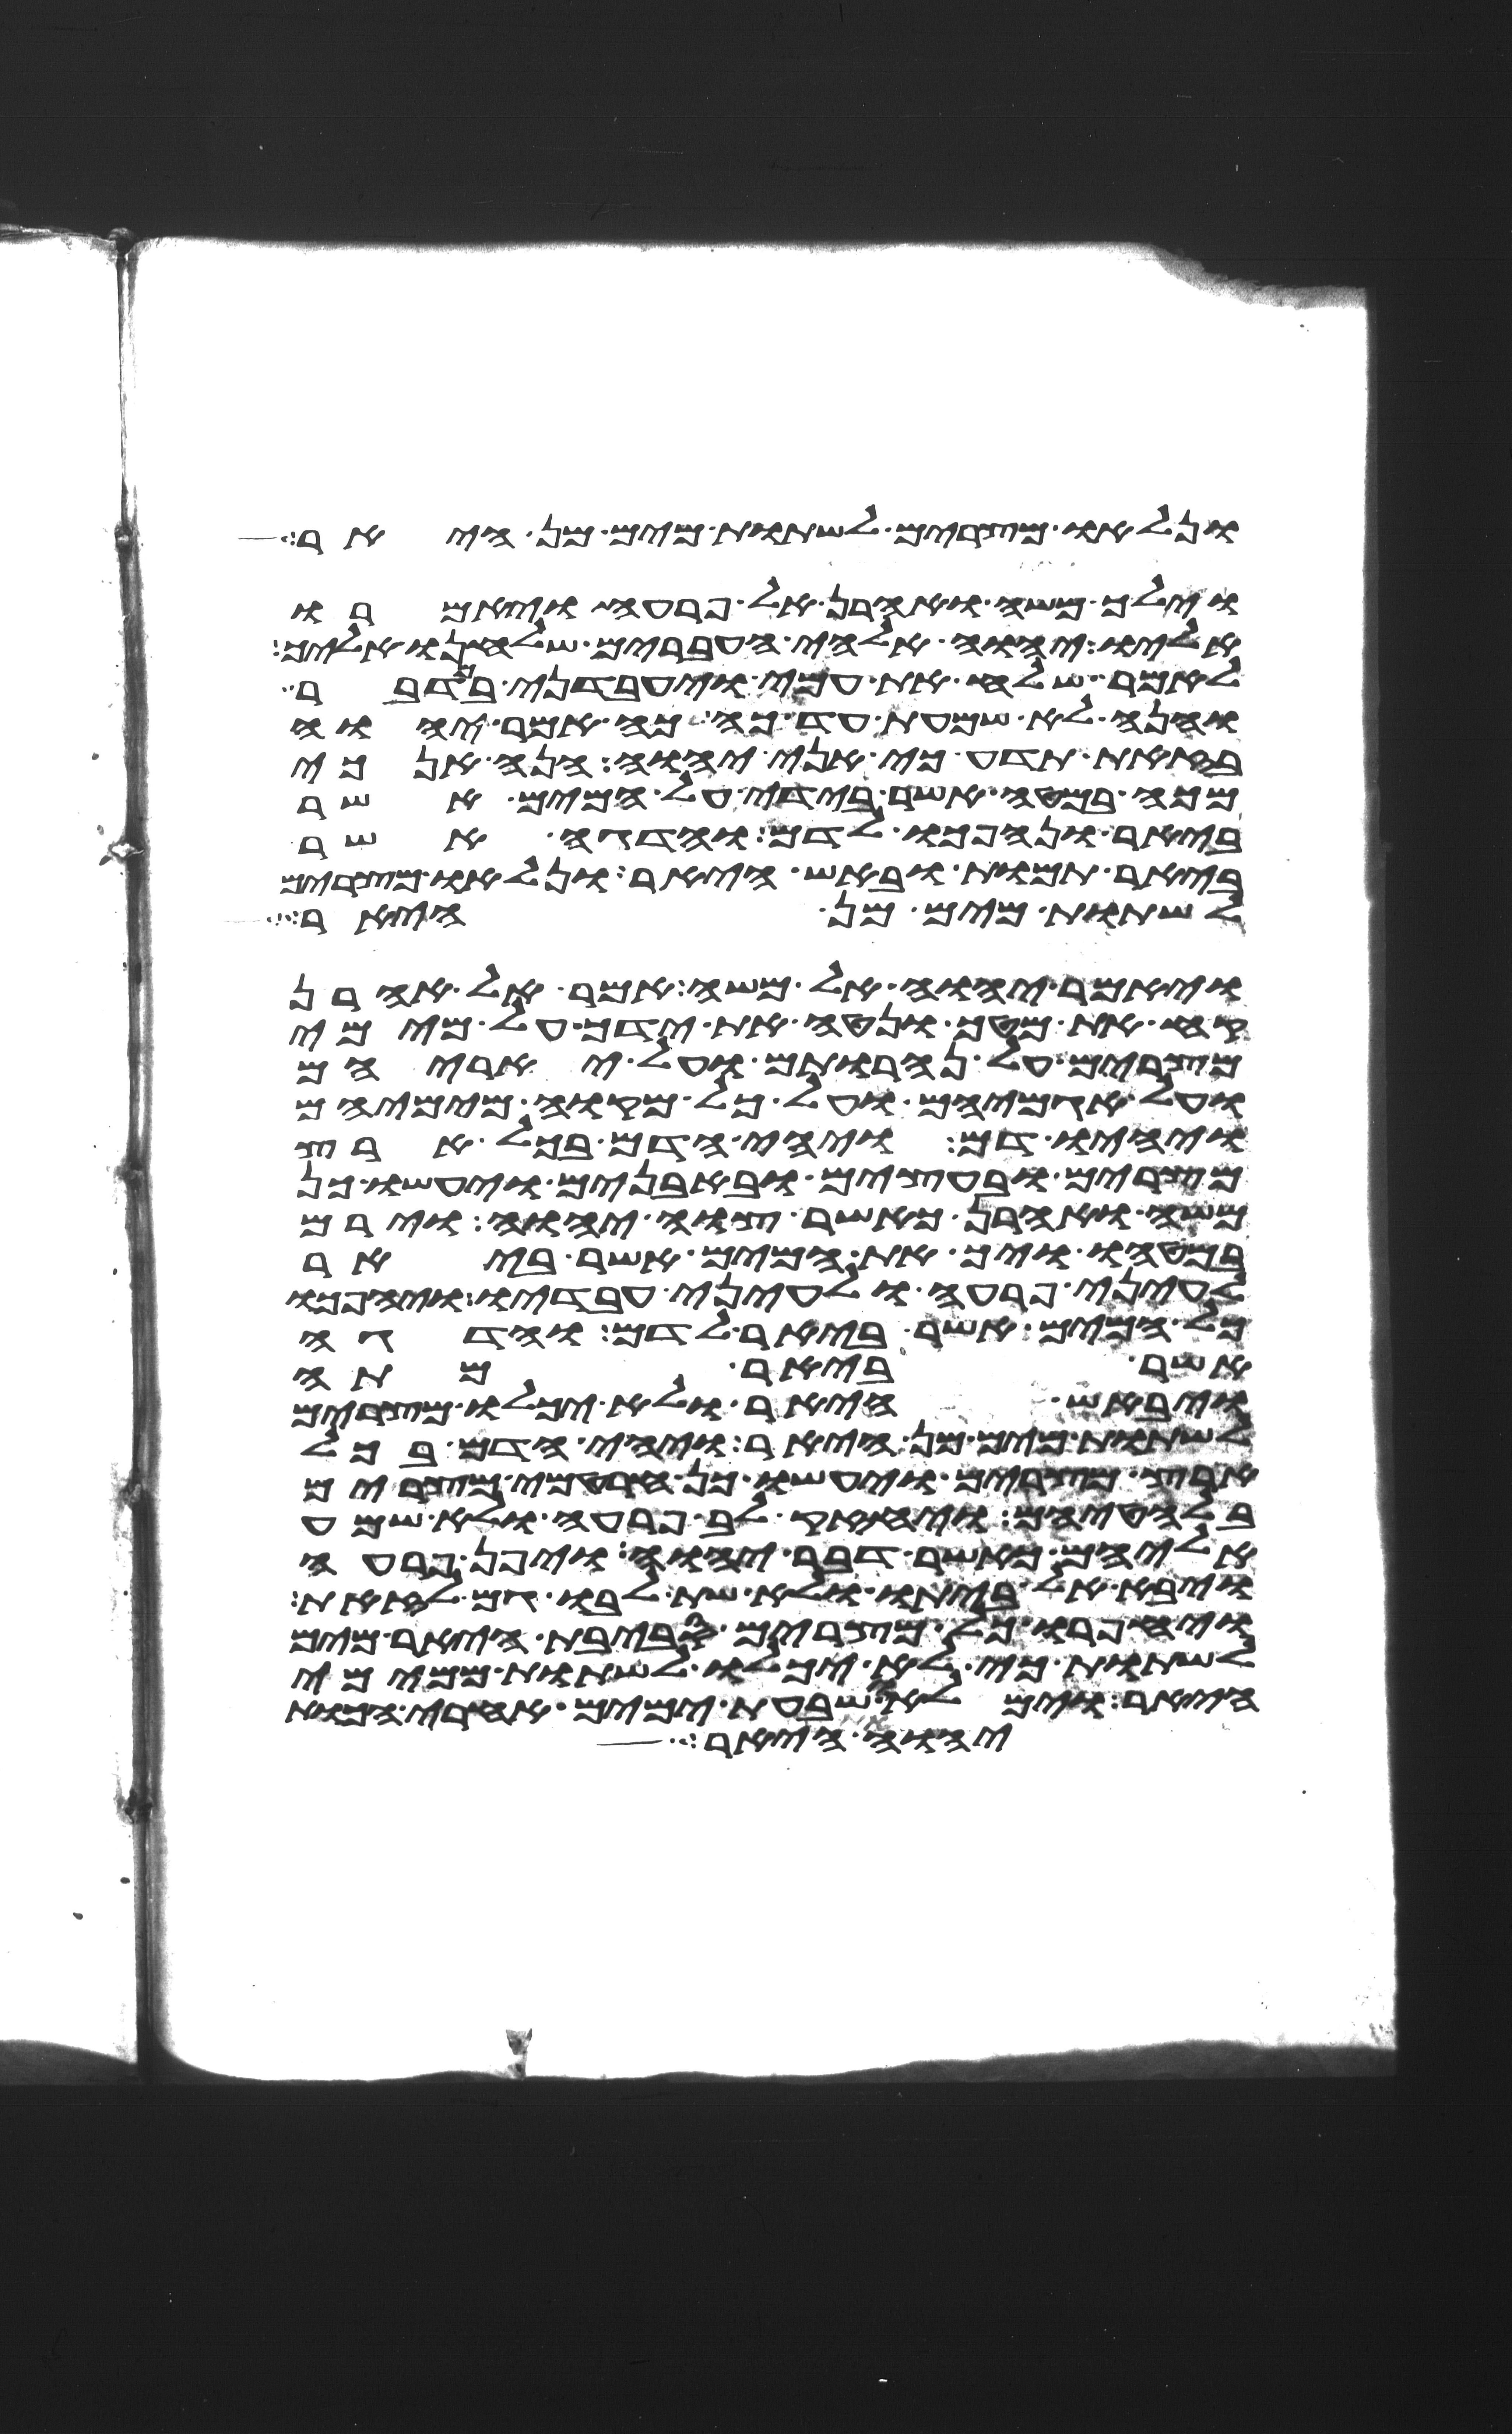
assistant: ונלאו מצרים לשתות מים מן היאר
וילך משה ואהרן אל פרעה ויאמרו
אליו יהוה אלהי העברים שלחנו אליך
לאמר שלח את עמי ויעבדני במדבר
והנה לא שמעת עד כה כה אמר יהוה
בזאת תדע כי אני יהוה הנה אנכי
מכה במטה אשר בידי על המים אשר
ביאר ונהפכו לדם והדגה אשר
ביאר תמות ובאש היאר ונלאו מצרים
לשתות מים מן היאר
ויאמר יהוה אל משה אמר אל אהרן
קח את מטך ונטה את ידך על מימי
מצרים על נהרותם ועל יאריהם
ועל אגמיהם ועל כל מקוה מימיהם
ויהיו דם ויהי הדם בכל ארץ
מצרים ובעצים ובאבנים ויעשו כן
משה ואהרן כאשר צוה יהוה וירם
במטהו ויך את המים אשר ביאר
לעיני פרעה ולעיני עבדיו ויהפכו
כל המים אשר ביאר לדם והדגה
אשר ביאר מתה
ויבאש היאר ולא יכלו מצרים
לשתות מים מן היאר ויהי הדם בכל
ארץ מצרים ויעשו כן חרטמי מצרים
בלחטיהם ויחזק לב פרעה ולא שמע
אליהם כאשר דבר יהוה ויפן פרעה
ויבא אל ביתו ולא שת לבו גם לזאת
ויחפרו כל מצרים סביבת היאר מים
לשתות כי לא יכלו לשתות ממימי
היאר וימלאו שבעת ימים אחרי הכות
יהוה והיא